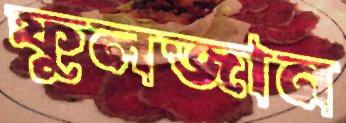
ফুলজান